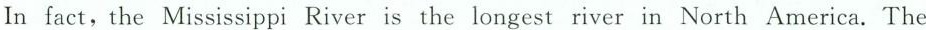
In fact, the Mississippi River is the longest river in North America. The